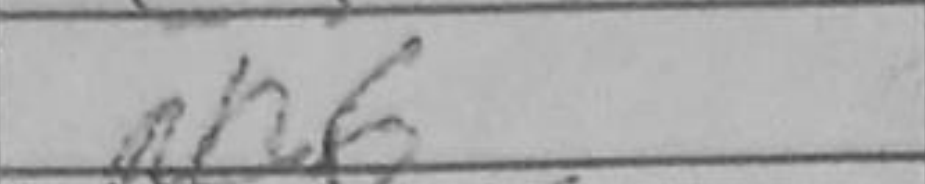
Transcription: Na6